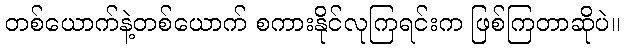
တစ်ယောက်နဲ့တစ်ယောက် စကားနိုင်လုကြရင်းက ဖြစ်ကြတာဆိုပဲ။